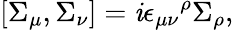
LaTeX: \left[\Sigma_{\mu},\Sigma_{\nu}\right]=\mathit{i}{\epsilon_{\mu\nu}}^{\rho}\Sigma_{\rho},